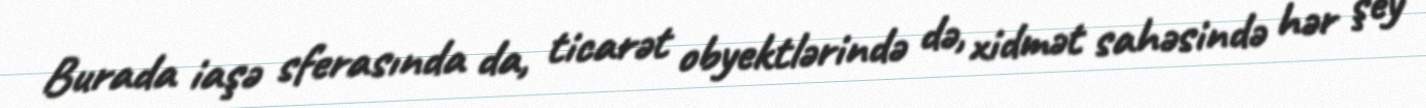
Burada iaşə sferasında da, ticarət obyektlərində də, xidmət sahəsində hər şey